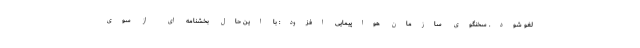
لغو شود. سخنگوی سازمان هواپیمایی افزود: با این حال بخشنامه ای از سوی